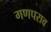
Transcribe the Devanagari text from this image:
गणपराव